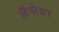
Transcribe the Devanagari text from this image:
लैसेग्ना